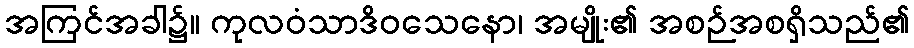
အကြင်အခါ၌။ ကုလဝံသာဒိဝသေနော၊ အမျိုး၏ အစဉ်အစရှိသည်၏